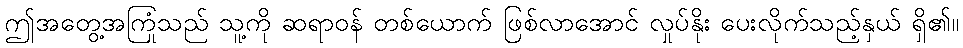
ဤအတွေ့အကြုံသည် သူ့ကို ဆရာဝန် တစ်ယောက် ဖြစ်လာအောင် လှုပ်နိုး ပေးလိုက်သည့်နှယ် ရှိ၏။